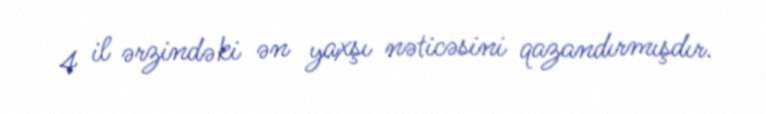
4 il ərzindəki ən yaxşı nəticəsini qazandırmışdır.